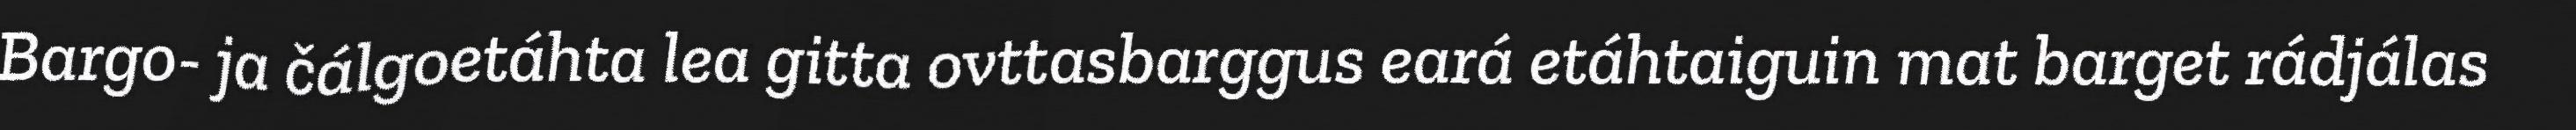
Bargo- ja čálgoetáhta lea gitta ovttasbarggus eará etáhtaiguin mat barget rádjálas